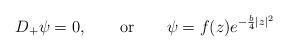
LaTeX: \begin{align*}D_+\psi=0, \qquad {\rm or} \qquad \psi=f(z)e^{-\frac{b}{4}|z|^2}\end{align*}